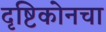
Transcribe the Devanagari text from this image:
दृष्टिकोनचा